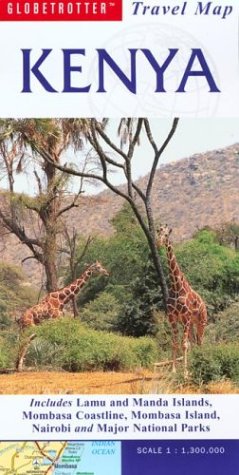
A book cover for Kenya Travel Map (Globetrotter Travel Map); Globetrotter; Travel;